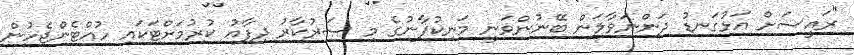
"ރައީސަށް އަޅުގަނޑު ދަންނަވާލަން ބޭނުންވަނީ މަނިކުފާނުގެ މި ސަރުކާރު ދިފާއު ކުރުމަށްޓަކައި ހުއްޓެންޖެހުން